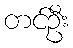
တင်ဦး